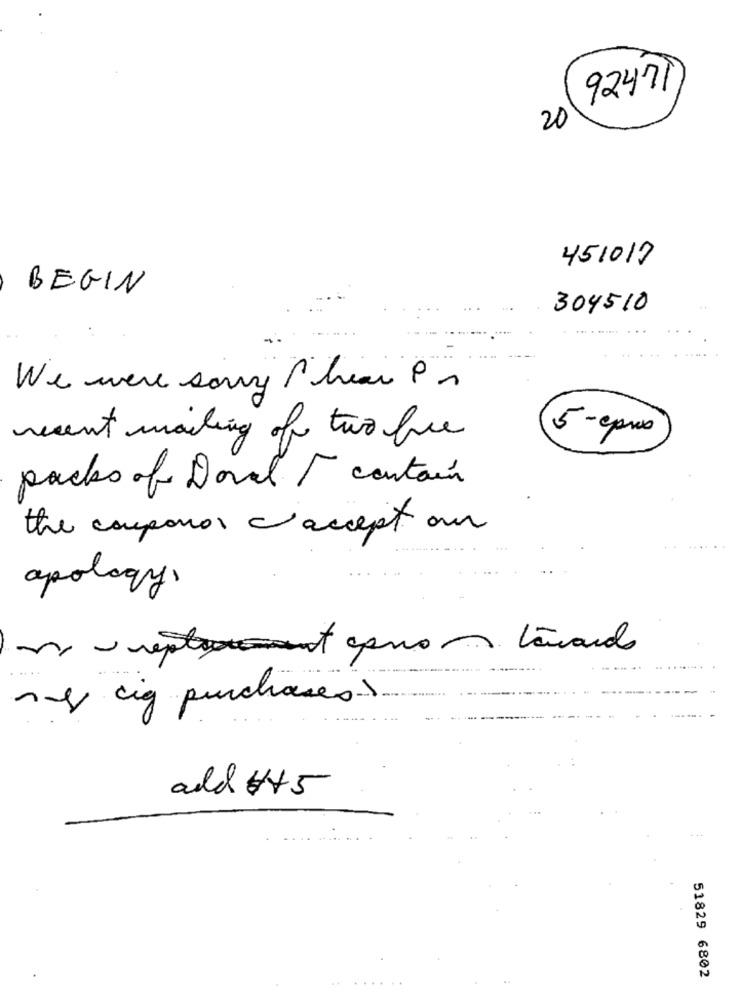
92471
20
451017
BEGIN
304510
... . ......
We were sorry Pheas in
recent mailing of two fire
5-cpus
packs of Doval / contain
the couponos c'accept our
apology,
my cig purchases.
add #45
51829 6802